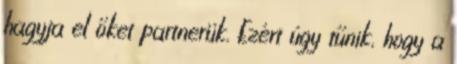
hagyja el őket partnerük. Ezért úgy tűnik, hogy a